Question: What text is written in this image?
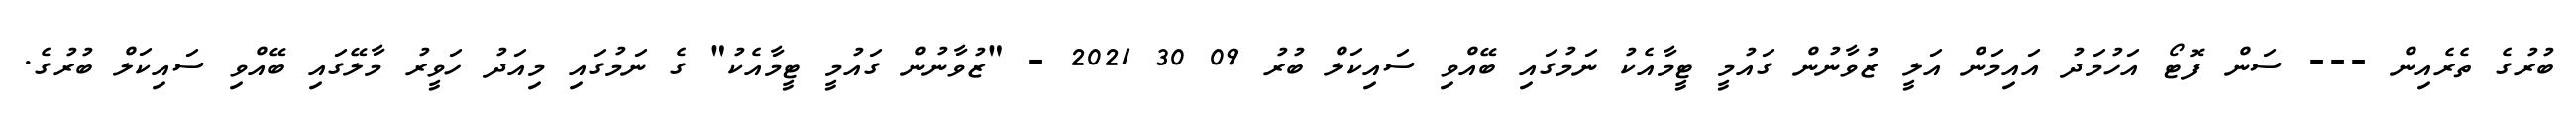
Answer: ބުރުގެ ތެރެއިން --- ސަން ފޮޓޯ އަހުމަދު އައިމަން އަލީ ޒުވާނުން ގައުމީ ޓީމާއެކު ނަމުގައި ބޭއްވި ސައިކަލް ބުރު 09 30 2021 - "ޒުވާނުން ގައުމީ ޓީމާއެކު" ގެ ނަމުގައި މިއަދު ހަވީރު މާލޭގައި ބޭއްވި ސައިކަލް ބުރުގެ.